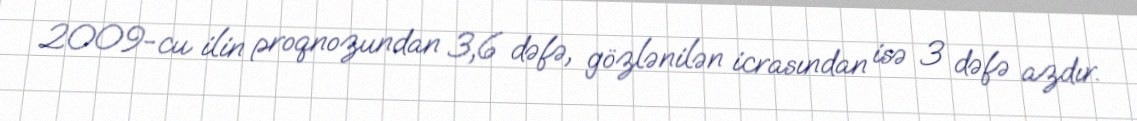
2009-cu ilin proqnozundan 3,6 dəfə, gözlənilən icrasından isə 3 dəfə azdır.